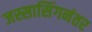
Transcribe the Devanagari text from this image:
जस्सासिंगनंतर